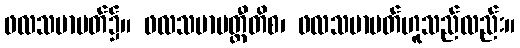
ဖလသမာပတ်၌။ ဖလသမာပတ္တီတိစ၊ ဖလသမာပတ်ဟူသည်လည်း။